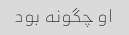
او چگونه بود